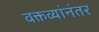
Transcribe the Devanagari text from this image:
वक्तव्यांनंतर